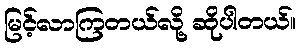
မြင့်လာကြတယ်လို့ ဆိုပါတယ်။